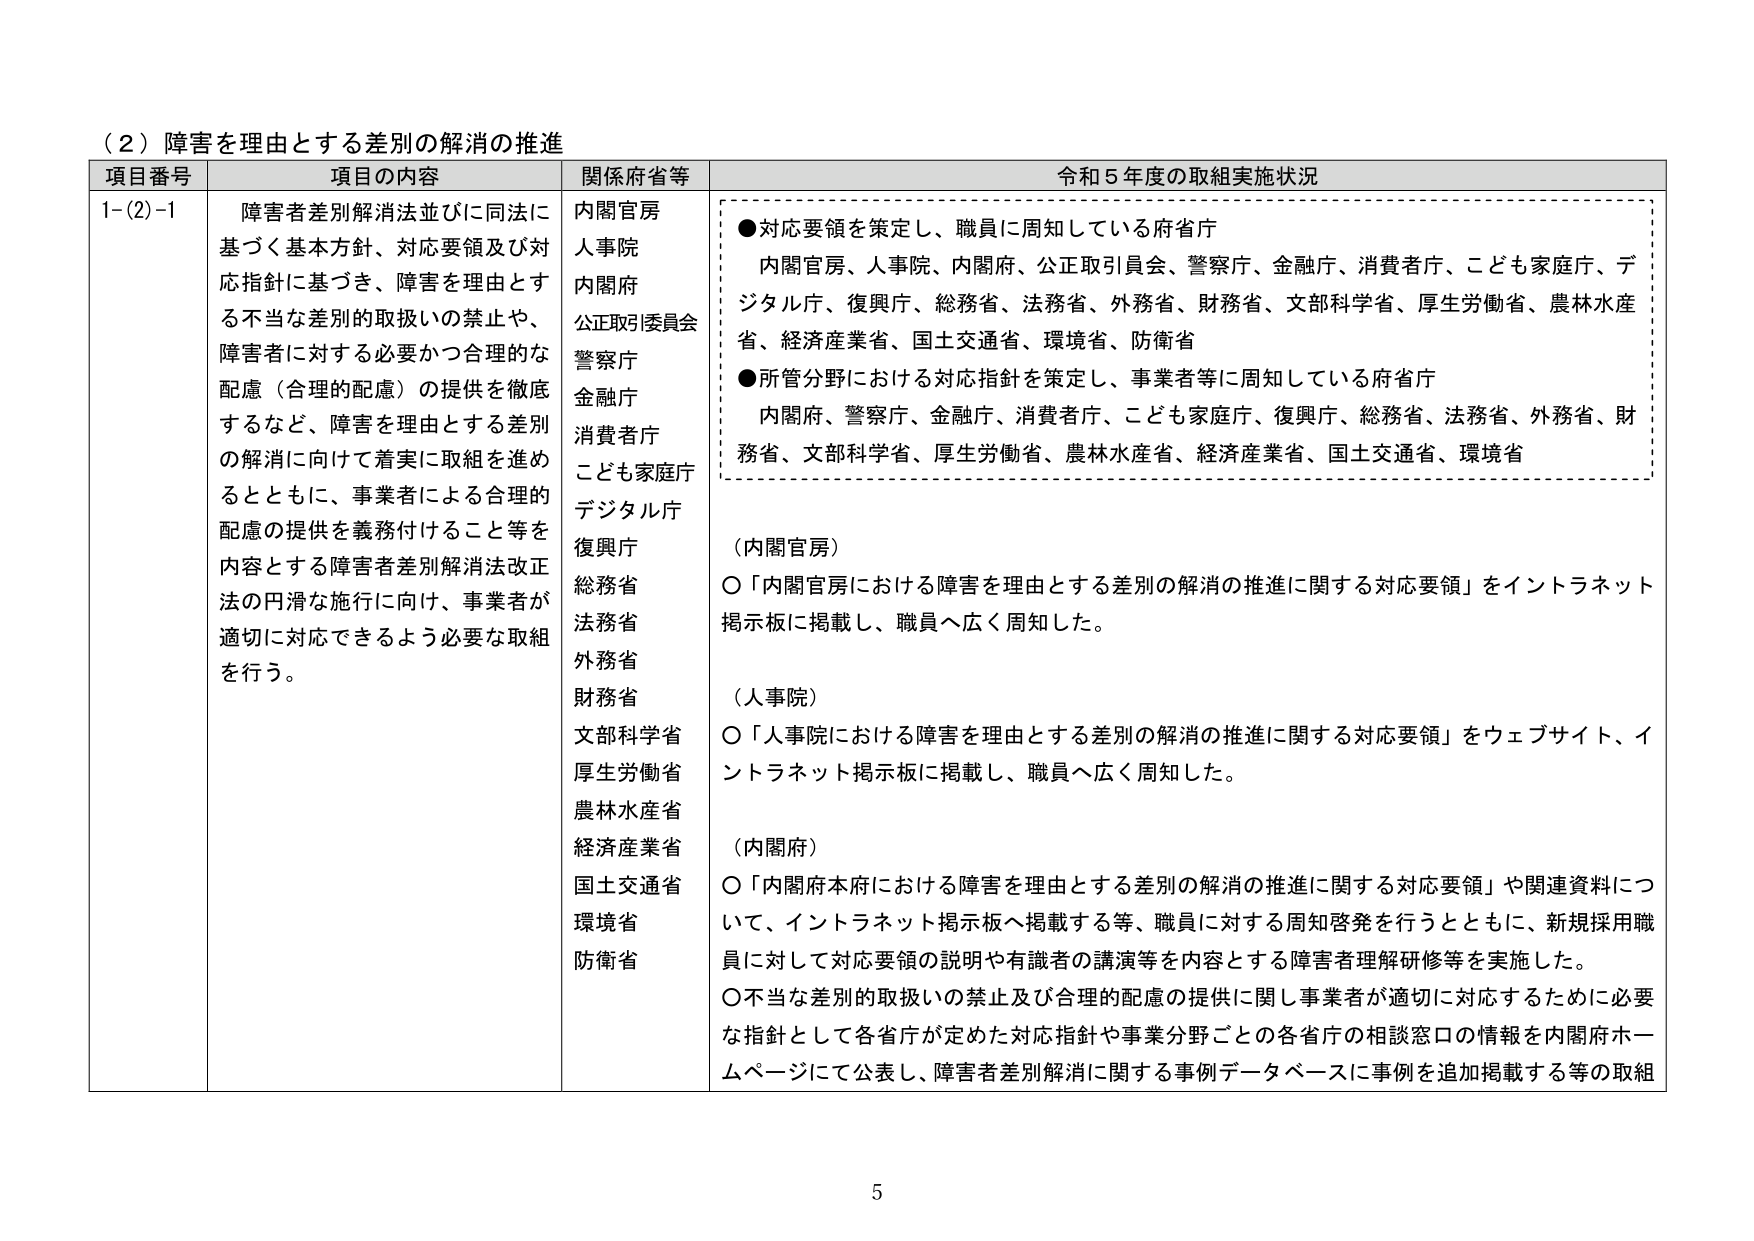
（２）障害を理由とする差別の解消の推進

項目番号 項目の内容 関係府省等 令和５年度の取組実施状況

1-(2)-1 障害者差別解消法並びに同法に基づく基本方針、対応要領及び対応指針に基づき、障害を理由とする不当な差別の取扱いの禁止や、障害者に対する必要かつ合理的な配慮（合理的配慮）の提供を徹底するなど、障害を理由とする差別の解消に向けて着実に取組を進めるとともに、事業者による合理的配慮の提供を義務付けること等を内容とする障害者差別解消法改正法の円滑な施行に向け、事業者が適切に対応できるよう必要な取組を行う。

内閣官房
人事院
内閣府
公正取引委員会
警察庁
金融庁
消費者庁
こども家庭庁
デジタル庁
復興庁
総務省
法務省
外務省
財務省
文部科学省
厚生労働省
農林水産省
経済産業省
国土交通省
環境省
防衛省

●対応要領を策定し、職員に周知している府省庁
内閣官房、人事院、内閣府、公正取引員会、警察庁、金融庁、消費者庁、こども家庭庁、デジタル庁、復興庁、総務省、法務省、外務省、財務省、文部科学省、厚生労働省、農林水産省、経済産業省、国土交通省、環境省、防衛省

●所管分野における対応指針を策定し、事業者等に周知している府省庁
内閣府、警察庁、金融庁、消費者庁、こども家庭庁、復興庁、総務省、法務省、外務省、財務省、文部科学省、厚生労働省、農林水産省、経済産業省、国土交通省、環境省

（内閣官房）
○「内閣官房における障害を理由とする差別の解消の推進に関する対応要領」をインターネット掲示板に掲載し、職員へ広く周知した。

（人事院）
○「人事院における障害を理由とする差別の解消の推進に関する対応要領」をウェブサイト、インターネット掲示板に掲載し、職員へ広く周知した。

（内閣府）
○「内閣府本府における障害を理由とする差別の解消の推進に関する対応要領」や関連資料について、インターネット掲示板へ掲載する等、職員に対する周知啓発を行うとともに、新規採用職員に対して対応要領の説明や有識者の講演等を内容とする障害者理解研修等を実施した。
○不当な差別の取扱いの禁止及び合理的配慮の提供に関し事業者が適切に対応するために必要な指針として各省庁が定めた対応指針や事業分野ごとの各省庁の相談窓口の情報を内閣府ホームページにて公表し、障害者差別解消に関する事例データベースに事例を追加掲載する等の取組

5